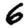
Digit: 6